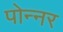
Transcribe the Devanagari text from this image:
पोन्नर